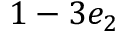
1 - 3 e _ { 2 }